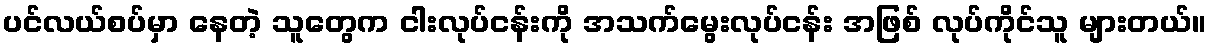
ပင်လယ်စပ်မှာ နေတဲ့ သူတွေက ငါးလုပ်ငန်းကို အသက်မွေးလုပ်ငန်း အဖြစ် လုပ်ကိုင်သူ များတယ်။